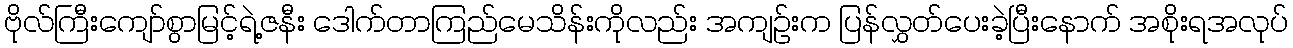
ဗိုလ်ကြီးကျော်စွာမြင့်ရဲ့ဇနီး ဒေါက်တာကြည်မေသိန်းကိုလည်း အကျဉ်းက ပြန်လွှတ်ပေးခဲ့ပြီးနောက် အစိုးရအလုပ်